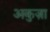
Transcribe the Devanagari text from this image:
अकुज़ा